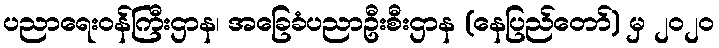
ပညာရေးဝန်ကြီးဌာန၊ အခြေခံပညာဦးစီးဌာန (နေပြည်တော်) မှ ၂၀၂၀